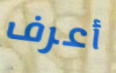
أعرف